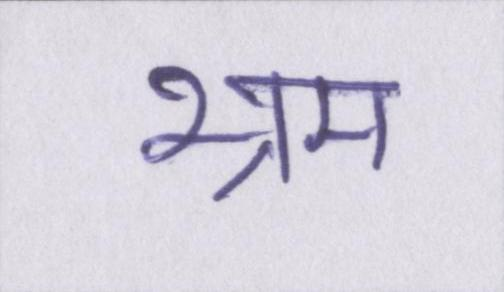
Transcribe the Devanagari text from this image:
भ्रम